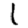
Digit: 1